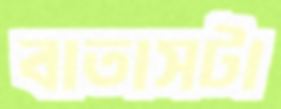
বাতাসটা